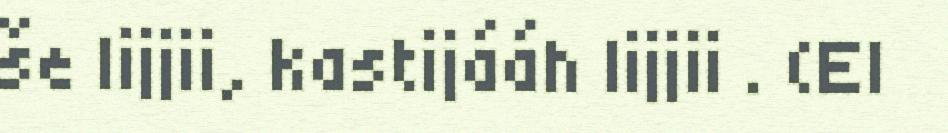
še lijjii, kastijááh lijjii . (EI